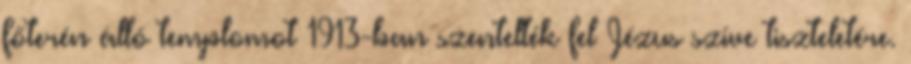
főterén álló templomot 1913-ban szentelték fel Jézus szíve tiszteletére.